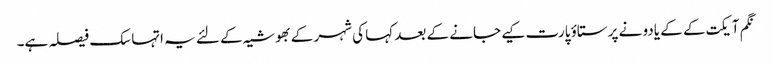
نگم آیکت کے کے یادو نے پرستاؤ پارت کیے جانے کے بعد کہا کی شہر کے بھوشیہ کے لئے یہ اتہاسک فیصلہ ہے۔